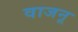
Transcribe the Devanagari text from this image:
वाजनू